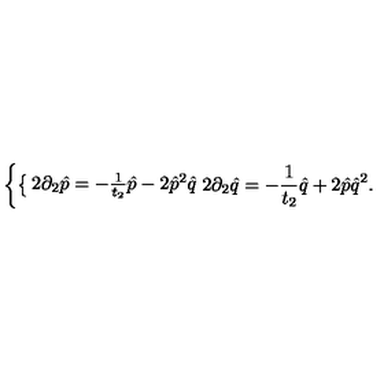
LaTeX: \left\{ \begin{cases} { 2 \partial _ { 2 } \hat { p } = - \frac { 1 } { t _ { 2 } } \hat { p } - 2 \hat { p } ^ { 2 } \hat { q } } \\ { 2 \partial _ { 2 } \hat { q } = - \frac { 1 } { t _ { 2 } } \hat { q } + 2 \hat { p } \hat { q } ^ { 2 } . } \\ \end{cases} \right.